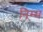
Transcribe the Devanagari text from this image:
निम्‍म